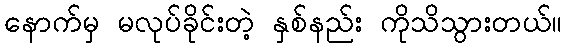
နောက်မှ မလုပ်ခိုင်းတဲ့ နှစ်နည်း ကိုသိသွားတယ်။